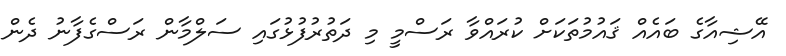
އޭޝިއާގެ ބައެއް ޤައުމުތަކަށް ކުރައްވާ ރަސްމީ މި ދަތުރުފުޅުގައި ސަލްމާން ރަސްގެފާނު ދެން